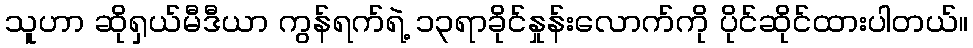
သူဟာ ဆိုရှယ်မီဒီယာ ကွန်ရက်ရဲ့ ၁၃ရာခိုင်နှုန်းလောက်ကို ပိုင်ဆိုင်ထားပါတယ်။